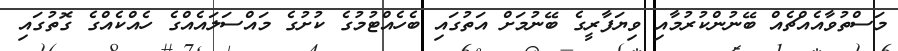
މަސްތުވާއެއްޗެއް ބޭނުންކުރުމާއި ވިޔަފާރީގެ ބޭނުމަށް އަތުގައި ބެހެއްޓުމުގެ ކުށުގެ މައްސަލައެއްގެ ހެއްކެއްގެ ގޮތުގައި